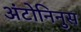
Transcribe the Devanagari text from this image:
अंटोनिनुस